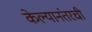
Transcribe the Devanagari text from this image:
केल्यानंतरची